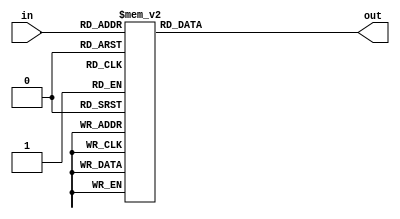
module decoder(
    input [2:0] in,
    output [7:0] out
    );
	 
	 reg [7:0] out;
	 
	 always @(in)
	 begin
		case(in)
						3'b000: out = 8'b00000001;
						3'b001: out = 8'b00000010;
						3'b010: out = 8'b00000100;
						3'b011: out = 8'b00001000;
						3'b100: out = 8'b00010000;
						3'b101: out = 8'b00100000;
						3'b110: out = 8'b01000000;
						3'b111: out = 8'b10000000;
		endcase
	  end
endmodule